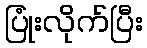
ပြုံးလိုက်ပြီး